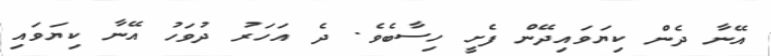
އޭނާ ދެން ކިޔަވައިދޭން ފެށީ ހިސާބެވެ. ދެ އަހަރު ދުވަހު އޭނާ ކިޔަވައި